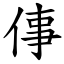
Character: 倳